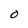
Character: O